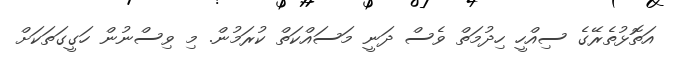
އަތޮޅުތެރޭގެ ސިއްހީ ހިދުމަތް ވެސް ދަނީ މަސައްކަތް ކުރަމުން. މި ވިސްނުން ހަގީގަތަކަށް